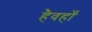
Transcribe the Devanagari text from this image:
हैवहाँ